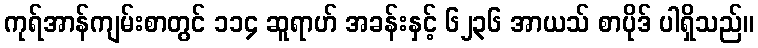
ကုရ်အာန်ကျမ်းစာတွင် ၁၁၄ ဆူရာဟ် အခန်းနှင့် ၆၂၃၆ အာယသ် စာပိုဒ် ပါရှိသည်။